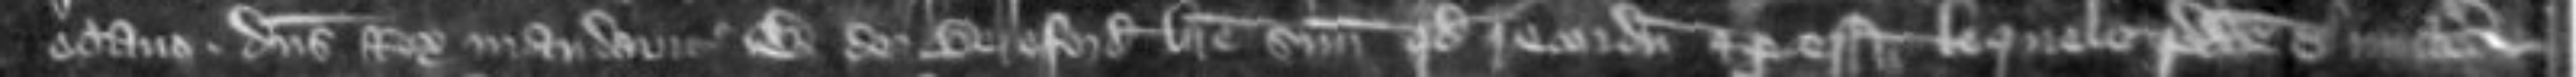
octavo dominus Rex mandavit W de Bereford breve suum quod recordum et processum loquele predicte mitteret